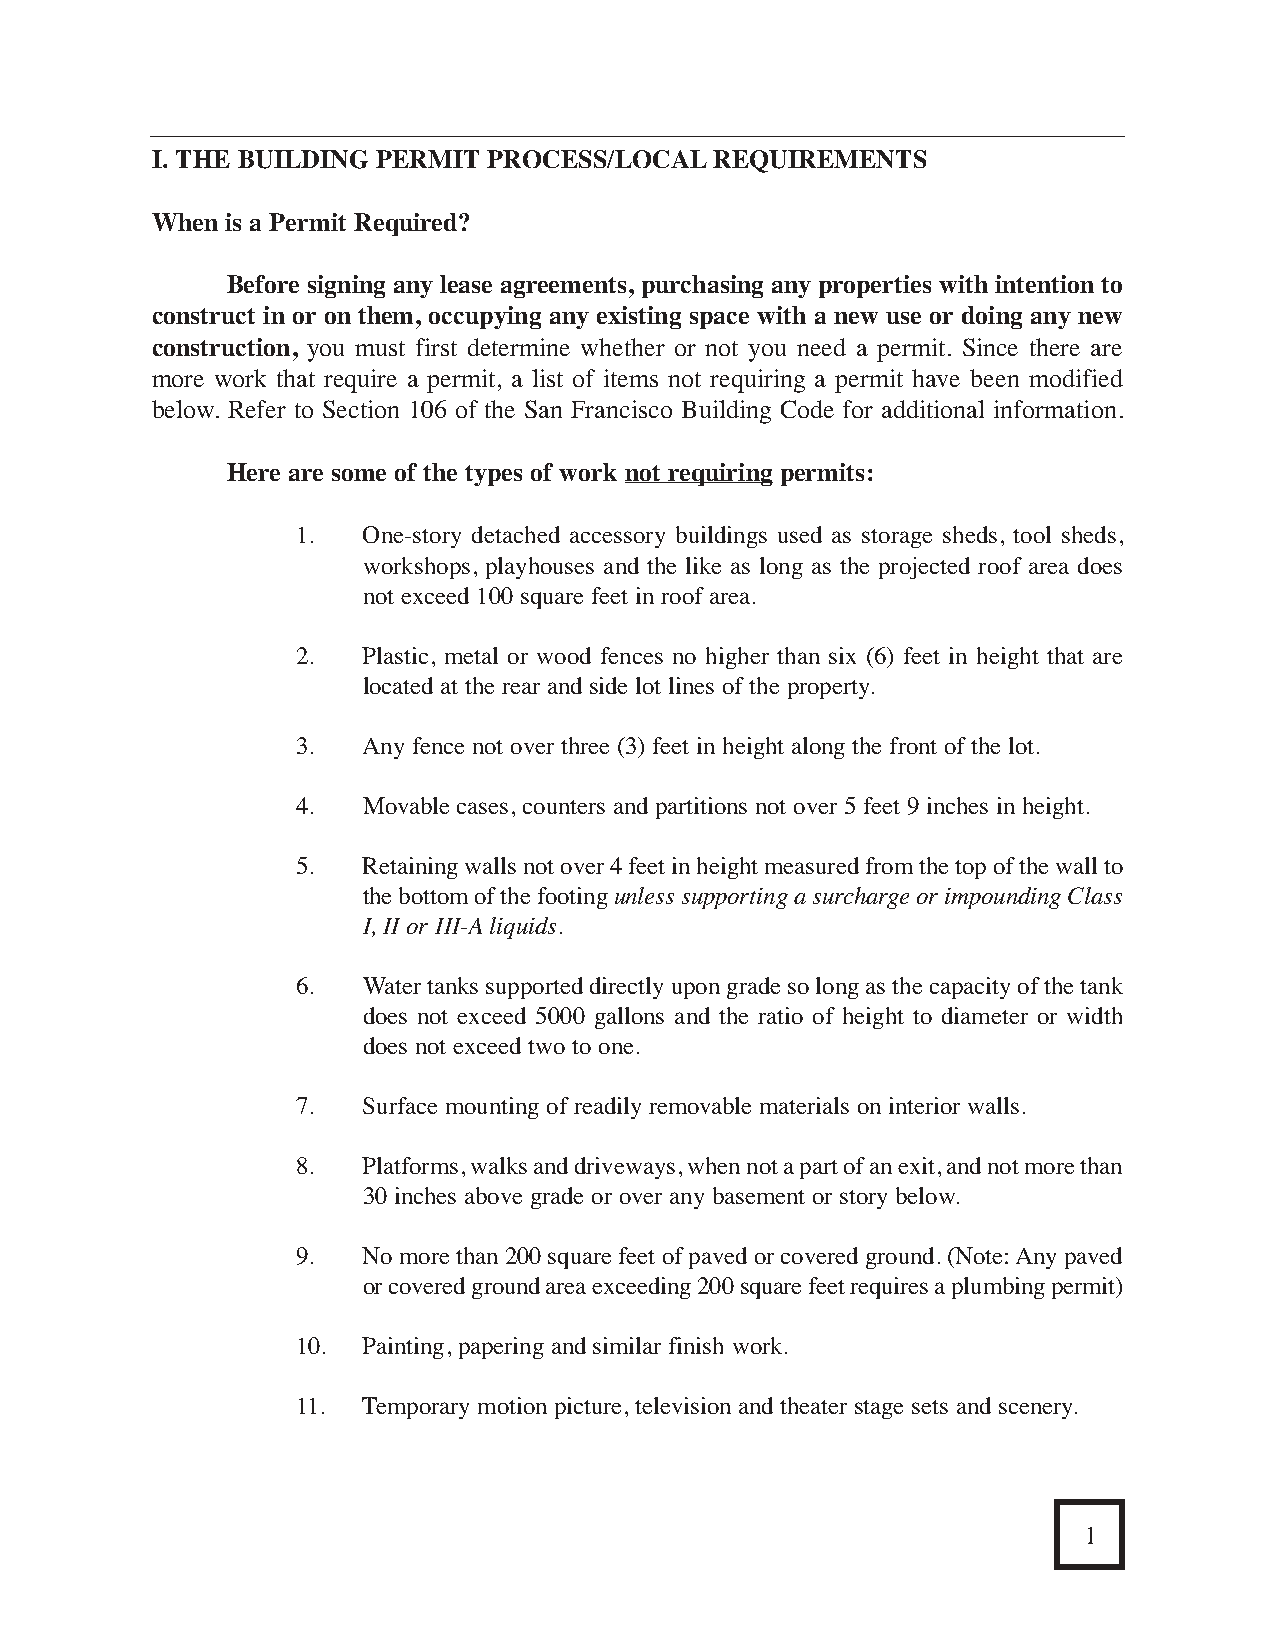
I. THE BUILDING PERMIT PROCESS/LOCALREQUIREMENTS
 When is a Permit Required?
 Before signing any lease agreements, purchasing any properties with intention to
 construct in or on them, occupying any existing space with a new use or doing any new
 construction, you must first determine whether or not you need a permit. Since there are
 more work that require a permit, a list of items not requiring a permit have been modified
 below. Refer to Section 106 of the San Francisco Building Code for additional information.
 Here are some of the types of work not requiring permits:
 1.  One-story detached accessory buildings used as storage sheds, tool sheds,
 workshops, playhouses and the like as long as the projected roof area does
 not exceed 100 square feet in roof area.
 2.  Plastic, metal or wood fences no higher than six (6) feet in height that are
 located at the rear and side lot lines of the property.
 3.  Any fence not over three (3) feet in height along the front of the lot.
 4.  Movable cases, counters and partitions not over 5 feet 9 inches in height.
 5.  Retaining walls not over 4 feet in height measured from the top of the wall to
 the bottom of the footing unless supporting a surcharge or impounding Class
 I, II or III-Aliquids.
 6.  Water tanks supported directly upon grade so long as the capacity of the tank
 does not exceed 5000 gallons and the ratio of height to diameter or width
 does not exceed two to one.
 7.  Surface mounting of readily removable materials on interior walls.
 8.  Platforms, walks and driveways, when not a part of an exit, and not more than
 30 inches above grade or over any basement or story below.
 9.  No more than 200 square feet of paved or covered ground. (Note: Any paved
 or covered ground area exceeding 200 square feet requires a plumbing permit)
 10. Painting, papering and similar finish work.
 11. Temporary motion picture, television and theater stage sets and scenery.
 1